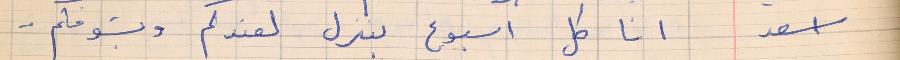
اسعد         انا كل اسبوع بنزل لعندكم وبشوفكم . .